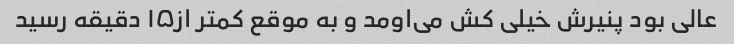
عالی بود پنیرش خیلی کش می‌اومد و به موقع کمتر از۱۵ دقیقه رسید